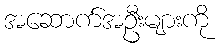
အဆောက်အဦးများကို